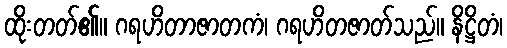
ထိုးတတ်၏။ ဂရဟိတာဇာတကံ၊ ဂရဟိတဇာတ်သည်။ နိဋ္ဌိတံ၊